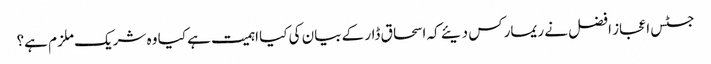
جسٹس اعجاز افضل نے ریمارکس دیئے کہ اسحاق ڈار کے بیان کی کیا اہمیت ہے کیا وہ شریک ملزم ہے؟